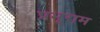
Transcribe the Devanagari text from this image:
प्रभूराम